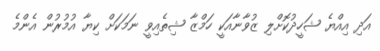
އަދި އިއްޔެ ޝަހީދުކޮށްލި ޒުވާނާއަކީ ހަމްޒާ ޝިތެއިވީ ނަމަކަށް ކިޔާ އުމުރުން އެންމެ